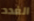
الغدد